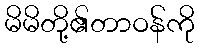
မိမိတို့၏တာဝန်ကို